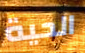
الحية